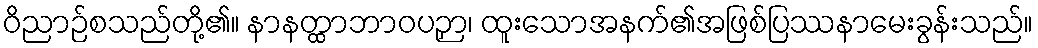
ဝိညာဉ်စသည်တို့၏။ နာနတ္ထာဘာဝပဉှာ၊ ထူးသောအနက်၏အဖြစ်ပြဿနာမေးခွန်းသည်။